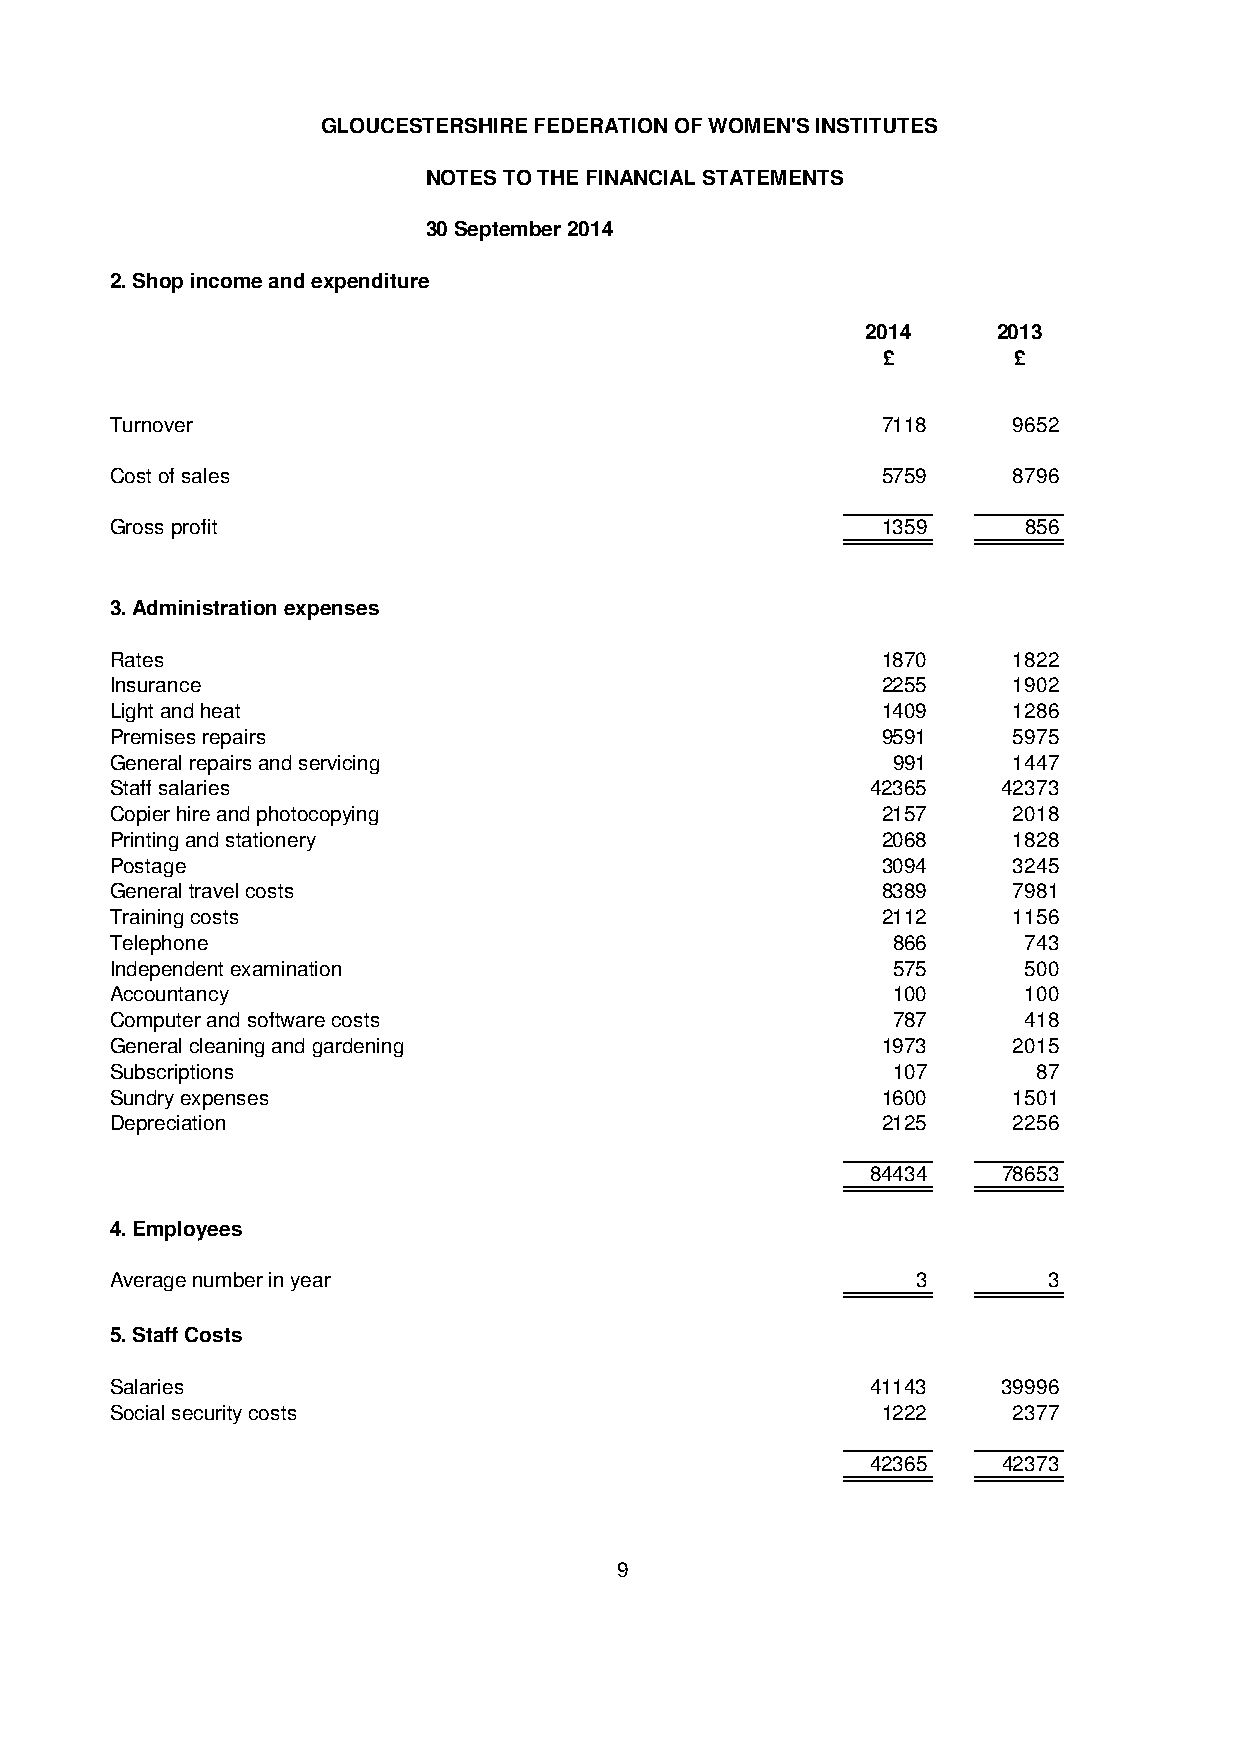
GLOUCESTERSHIRE FEDERATION OF WOMEN'S INSTITUTES
 NOTES TO THE FINANCIAL STATEMENTS
 30 September 2014
 2. Shop income and expenditure
 2014     2013
 £        £
 Turnover                                           7118     9652
 Cost of sales                                      5759     8796
 Gross profit                                       1359      856
 3. Administration expenses
 Rates                                              1870     1822
 Insurance                                          2255     1902
 Light and heat                                     1409     1286
 Premises repairs                                   9591     5975
 General repairs and servicing                       991     1447
 Staff salaries                                     42365   42373
 Copier hire and photocopying                       2157     2018
 Printing and stationery                            2068     1828
 Postage                                            3094     3245
 General travel costs                               8389     7981
 Training costs                                     2112     1156
 Telephone                                           866      743
 Independent examination                             575      500
 Accountancy                                         100      100
 Computer and software costs                         787      418
 General cleaning and gardening                     1973     2015
 Subscriptions                                       107       87
 Sundry expenses                                    1600     1501
 Depreciation                                       2125     2256
 84434   78653
 4. Employees
 Average number in year                                3       3
 5. Staff Costs
 Salaries                                           41143   39996
 Social security costs                              1222     2377
 42365   42373
 9